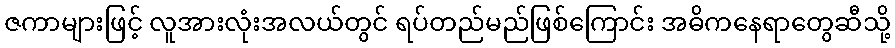
ဇကာများဖြင့် လူအားလုံးအလယ်တွင် ရပ်တည်မည်ဖြစ်ကြောင်း အဓိကနေရာတွေဆီသို့